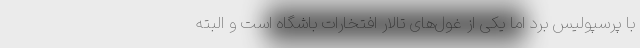
با پرسپولیس برد اما یکی از غول‌های تالار افتخارات باشگاه است و البته